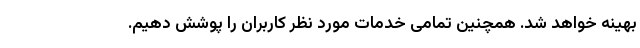
بهینه خواهد شد. همچنین تمامی خدمات مورد نظر کاربران را پوشش دهیم.